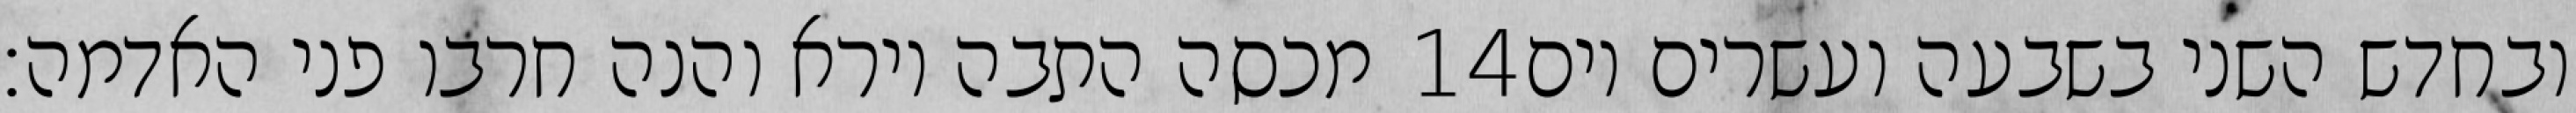
מכסה התבה וירא והנה חרבו פני האדמה׃ ‎14‏ ובחדש השני בשבעה ועשרים יום